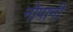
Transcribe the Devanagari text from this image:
नोपानी